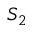
S _ { 2 }